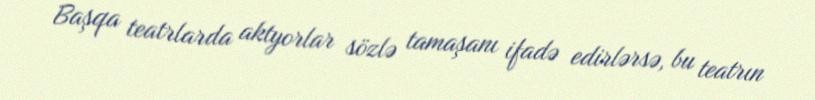
Başqa teatrlarda aktyorlar sözlə tamaşanı ifadə edirlərsə, bu teatrın